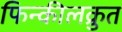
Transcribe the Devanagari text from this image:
फिन्कीलक्रुत